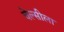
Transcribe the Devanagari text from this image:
चेल्सीला